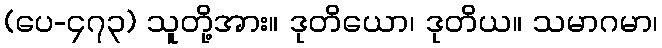
(ပေ-၄၇၃) သူတို့အား။ ဒုတိယော၊ ဒုတိယ။ သမာဂမာ၊